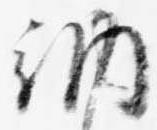
納